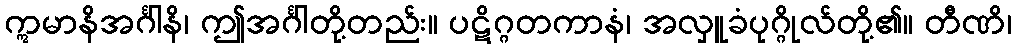
ဣမာနိအင်္ဂါနိ၊ ဤအင်္ဂါတို့တည်း။ ပဋိဂ္ဂတကာနံ၊ အလှူခံပုဂ္ဂိုလ်တို့၏။ တီဏိ၊